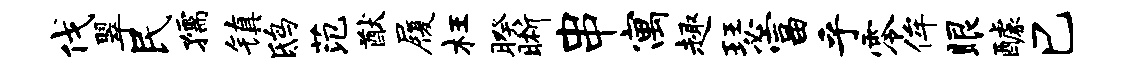
伐翠民孺镇鸱范猷履枉暌晰串寓趣瑟富乎零侔眼醵巳